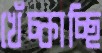
খেঁচ্‌কাচ্ছি